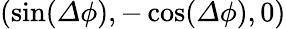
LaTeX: (\sin({\mathit\Delta\phi}),-\cos({\mathit\Delta\phi}),0)